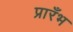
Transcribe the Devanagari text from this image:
प्रारँभ